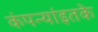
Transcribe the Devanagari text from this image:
कंपन्यांइतके